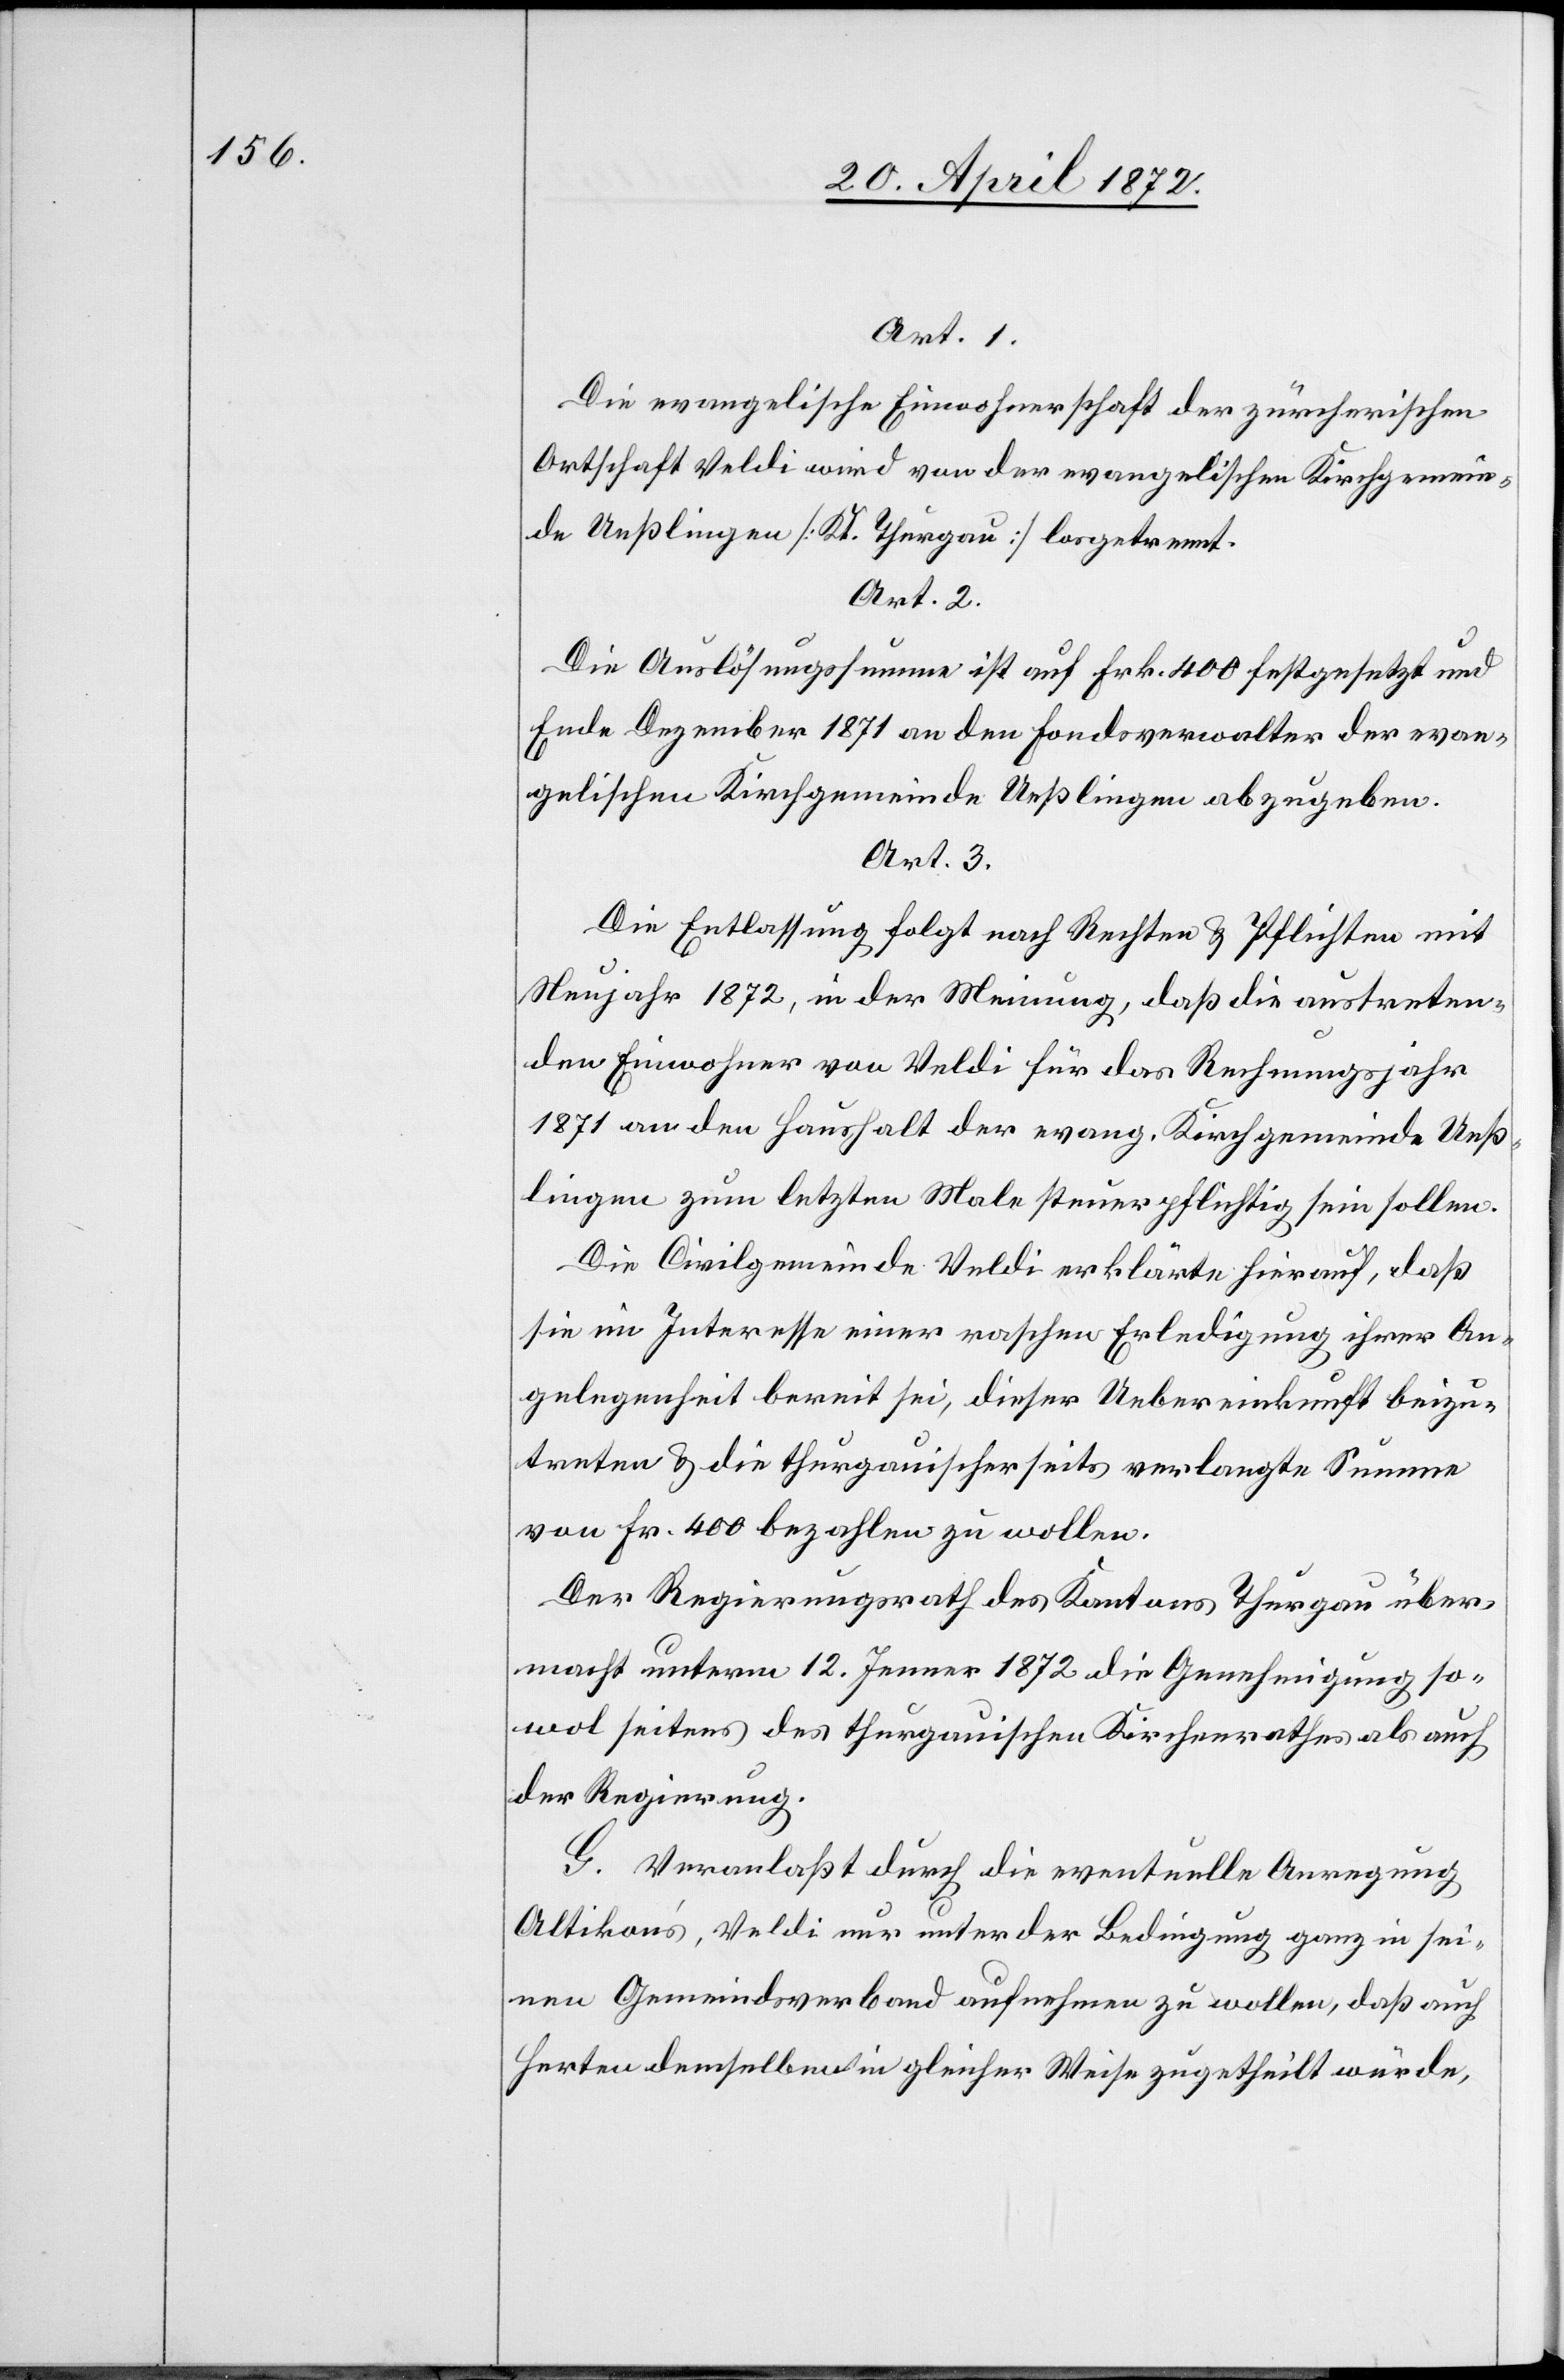
Art. 1.
Die evangelische Einwohnerschaft der zürcherischen
Ortschaft Veldi wird von der evangelischen Kirchgemein¬
de Ueßlingen [Kt. Thurgau] losgetrennt.
Art. 2.
Die Auslösungssumme ist auf Frk. 400 festgesetzt und
Ende Dezember 1871 an den Fondsverwalter der evan¬
gelischen Kirchgemeinde Ueßlingen abzugeben.
Art. 3.
Die Entlassung folgt nach Rechten u. Pflichten mit
Neujahr 1872, in der Meinung, daß die austreten¬
den Einwohner von Veldi für das Rechnungsjahr
1871 an den Haushalt der evang. Kirchgemeinde Ueß¬
lingen zum letzten Male steuerpflichtig sein sollen.
Die Civilgemeinde Veldi erklärte hierauf, daß
sie im Interesse einer raschen Erledigung ihrer An¬
gelegenheit bereit sei, dieser Uebereinkunft beizu¬
treten u. die thurgauischerseits verlangte Summe
von Fr. 400 bezahlen zu wollen.
Der Regierungsrath des Kantons Thurgau über¬
macht unterm 12. Jenner 1872 die Genehmigung so¬
wol seitens des thurgauischen Kirchenrathes als auch
der Regierung.
G. Veranlaßt durch die eventuelle Anregung
Altikon’s, Veldi nur unter der Bedingung ganz in sei¬
nen Gemeindsverband aufnehmen zu wollen, daß auch
Herten demselben in gleicher Weise zugetheilt würde,